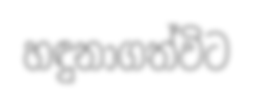
හඳුනාගත්විට